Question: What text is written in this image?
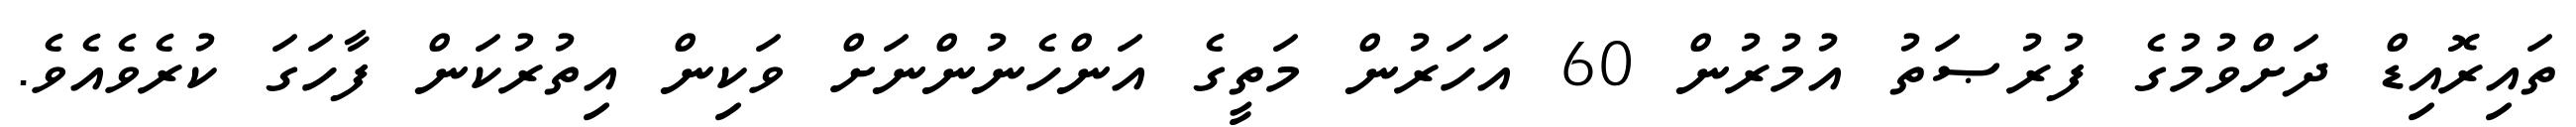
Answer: ތައިރޮއިޑް ދަށްވުމުގެ ފުރުޞަތު އުމުރުން 60 އަހަރުން މަތީގެ އަންހެނުންނަށް ވަކިން އިތުރުކަން ފާހަގަ ކުރެވެއެވެ.